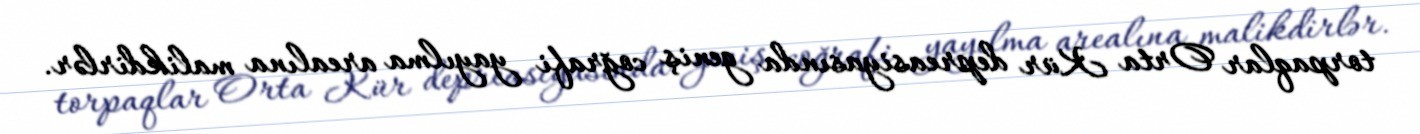
torpaqlar Orta Kür depreasiyasında geniş coğrafi yayılma arealına malikdirlər.